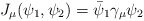
\begin{align*}J_{\mu}(\psi_{1},\psi_{2})=\bar{\psi}_{1}\gamma_{\mu}\psi_{2}\end{align*}